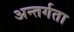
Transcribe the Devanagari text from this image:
अन्तर्गता